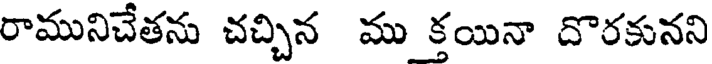
రామునిచేతను చచ్చిన ము క్తయినా దొరకునని